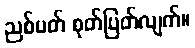
ညစ်ပတ် စုတ်ပြတ်လျက်။